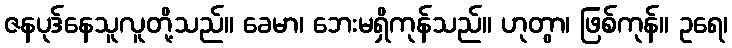
ဇနပုဒ်နေသူလူတို့သည်။ ခေမာ၊ ဘေးမရှိကုန်သည်။ ဟုတွာ၊ ဖြစ်ကုန်။ ဥရေ၊